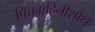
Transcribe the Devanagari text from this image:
पित्तवाहिनीशोथ